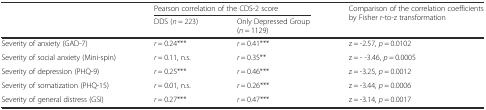
<table><thead><tr><td></td><td colspan="2"><b>Pearson correlation of the CDS-2 score</b></td><td rowspan="2"><b>Comparison of the correlation coefficients by Fisher r-to-z transformation</b></td></tr><tr><td></td><td><b>DDS (<i>n</i> = 223)</b></td><td><b>Only Depressed Group (<i>n</i> = 1129)</b></td></tr></thead><tbody><tr><td>Severity of anxiety (GAD-7)</td><td><i>r</i> = 0.24***</td><td><i>r</i> = 0.41***</td><td>z = -2.57, <i>p</i> = 0.0102</td></tr><tr><td>Severity of social anxiety (Mini-spin)</td><td><i>r</i> = 0.11, n.s.</td><td><i>r</i> = 0.35**</td><td>z = - -3.46, <i>p</i> = 0.0005</td></tr><tr><td>Severity of depression (PHQ-9)</td><td><i>r</i> = 0.25***</td><td><i>r</i> = 0.46***</td><td>z = -3.25, <i>p</i> = 0.0012</td></tr><tr><td>Severity of somatization (PHQ-15)</td><td><i>r</i> = 0.01, n.s.</td><td><i>r</i> = 0.26***</td><td>z = -3.44, <i>p</i> = 0.0006</td></tr><tr><td>Severity of general distress (GSI)</td><td><i>r</i> = 0.27***</td><td><i>r</i> = 0.47***</td><td>z = -3.14, <i>p</i> = 0.0017</td></tr></tbody></table>